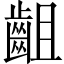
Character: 齟